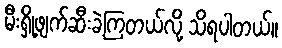
မီးရှို့ဖျက်ဆီးခဲ့ကြတယ်လို့ သိရပါတယ်။